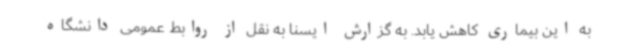
به این بیماری کاهش یابد. به گزارش ایسنا به نقل از روابط عمومی دانشگاه